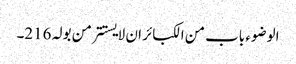
الوضوء باب من الکبائر ان لا یستتر من بولہ 216۔